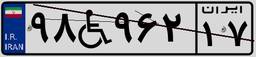
۹۸W۹۶۲۱۷